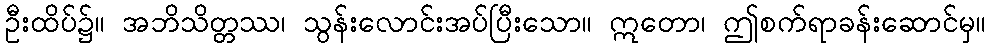
ဦးထိပ်၌။ အဘိသိတ္တဿ၊ သွန်းလောင်းအပ်ပြီးသော။ ဣတော၊ ဤစက်ရာခန်းဆောင်မှ။